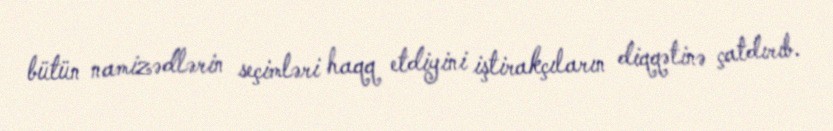
bütün namizədlərin seçimləri haqq etdiyini iştirakçıların diqqətinə çatdırıb.